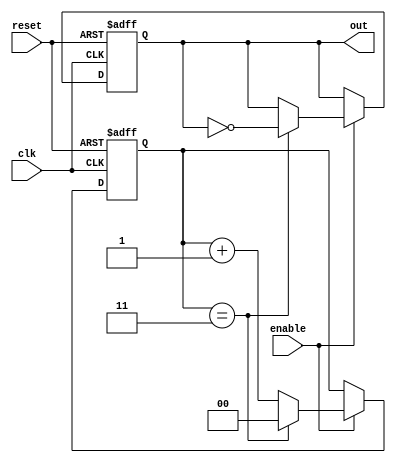
module divide_by_n_counter #(
    parameter N = 4 // Default value of N
)(
    input wire clk,       // Clock input
    input wire reset,     // Asynchronous reset
    input wire enable,    // Enable input
    output reg out        // Output signal
);

    // Calculate the number of bits needed to represent N
    localparam COUNTER_BITS = $clog2(N);
    
    reg [COUNTER_BITS-1:0] count; // Counter state

    // Always block for counter logic
    always @(posedge clk or posedge reset) begin
        if (reset) begin
            count <= 0; // Reset the counter to zero
            out <= 0;   // Reset the output
        end else if (enable) begin
            if (count == N-1) begin
                count <= 0; // Reset the counter when it reaches N
                out <= ~out; // Toggle the output
            end else begin
                count <= count + 1; // Increment the counter
            end
        end
    end

endmodule